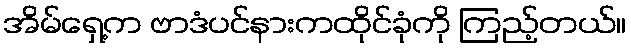
အိမ်ရှေ့က ဗာဒံပင်နားကထိုင်ခုံကို ကြည့်တယ်။